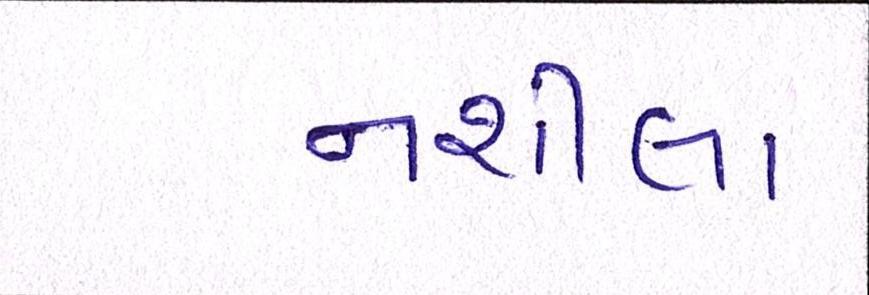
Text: નશીલા